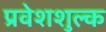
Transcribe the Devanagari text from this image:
प्रवेशशुल्क